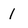
Character: 1